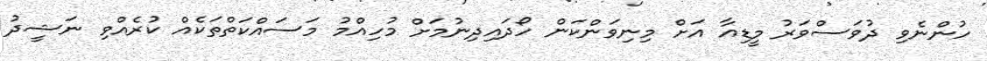
ހުންނެވި ދުވަސްވަރު މީޑިއާ އަށް މިނިވަންކަން ހޯދައިދިނުމަށް މުހިއްމު މަސައްކަތްތަކެއް ކުރެއްވި ނަޝީދު